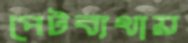
পেটব্যথায়